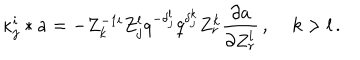
{ \kappa } _ { j } ^ { i } \ast a = - Z _ { k } ^ { - 1 i } Z _ { j } ^ { l } q ^ { - { \delta } _ { j } ^ { l } } q ^ { { \delta } _ { j } ^ { k } } Z _ { r } ^ { k } { \frac { \partial a } { \partial { Z _ { r } ^ { l } } } } \, , \quad \, k > l \, .